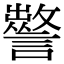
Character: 𧭁